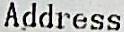
ADDRESS